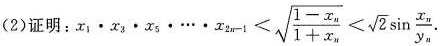
(2)证明:$$x_{1}\cdot x_{3}\cdot x_{5}\cdot \cdots \cdot x_{2n-1}< \sqrt{\frac{1-x_{n}}{1+x_{n}}}< \sqrt{2}\sin \frac{x_{n}}{y_{n}}$$.